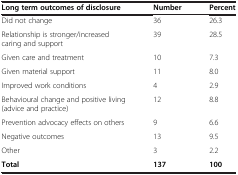
<table><thead><tr><td><b>Long term outcomes of disclosure</b></td><td><b>Number</b></td><td><b>Percent</b></td></tr></thead><tbody><tr><td>Did not change</td><td>36</td><td>26.3</td></tr><tr><td>Relationship is stronger/increased caring and support</td><td>39</td><td>28.5</td></tr><tr><td>Given care and treatment</td><td>10</td><td>7.3</td></tr><tr><td>Given material support</td><td>11</td><td>8.0</td></tr><tr><td>Improved work conditions</td><td>4</td><td>2.9</td></tr><tr><td>Behavioural change and positive living (advice and practice)</td><td>12</td><td>8.8</td></tr><tr><td>Prevention advocacy effects on others</td><td>9</td><td>6.6</td></tr><tr><td>Negative outcomes</td><td>13</td><td>9.5</td></tr><tr><td>Other</td><td>3</td><td>2.2</td></tr><tr><td><b>Total</b></td><td><b>137</b></td><td><b>100</b></td></tr></tbody></table>